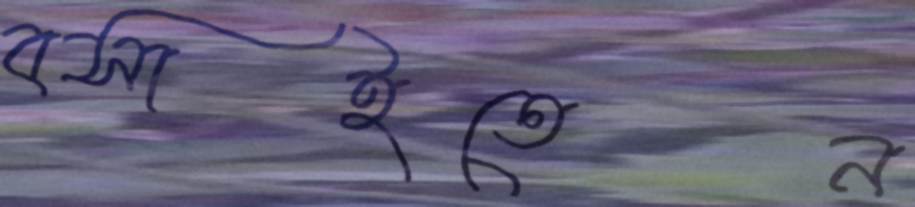
বসাইতেন